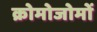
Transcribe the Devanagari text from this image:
क्रोमोजोमों